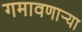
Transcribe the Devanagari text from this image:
गमावणार्‍या